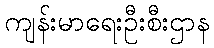
ကျန်းမာရေးဦးစီးဌာန